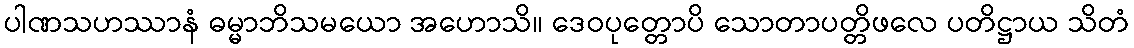
ပါဏသဟဿာနံ ဓမ္မာဘိသမယော အဟောသိ။ ဒေဝပုတ္တောပိ သောတာပတ္တိဖလေ ပတိဋ္ဌာယ သိတံ